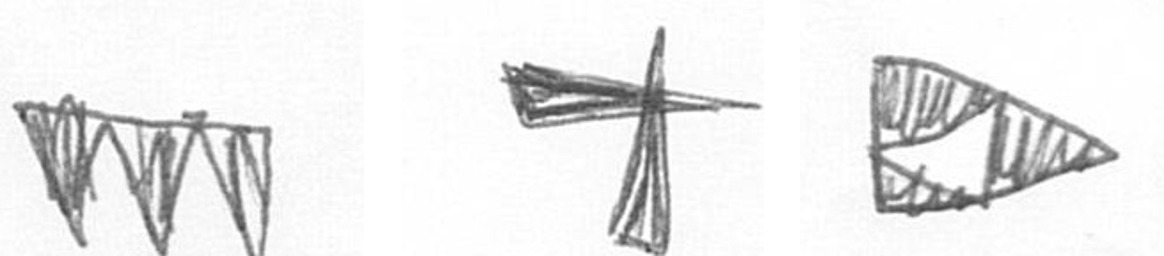
L G K